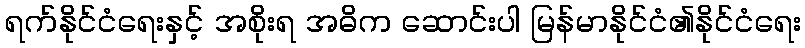
ရက်နိုင်ငံရေးနှင့် အစိုးရ အဓိက ဆောင်းပါ မြန်မာနိုင်ငံ၏နိုင်ငံရေး